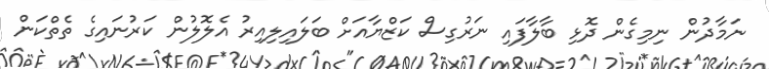
ނަމާދުން ނިމިގެން ދޮޅި ބާލާފައި ނަރުގިސް ކަޒްޔާއަށް ބަލައިލިއިރު އެލޮލުން ކަރުނައިގެ ތެތްކަން